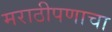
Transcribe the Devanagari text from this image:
मराठीपणाचा